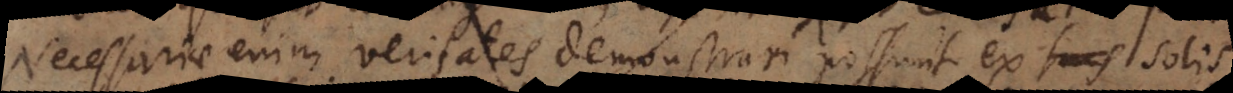
Necessariae enim veritates demonstrari possunt ex suis solis